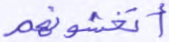
أتخشونهم